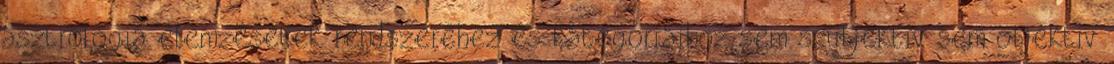
asztrológia elemzésetek rendszeréhez és kategóriáihoz sem szubjektív sem objektív